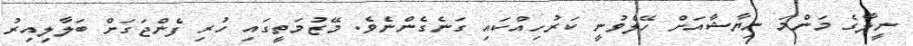
ނީލާގެ މަންމަ ނިޔާޝާއަށް ހޭލެވުނީ ކަރުހިއްކައި ގަނެގެންނެވެ. މޭޒުމަތީގައި ހުރި ފެންޖަގަށް ބަލާލިއިރު